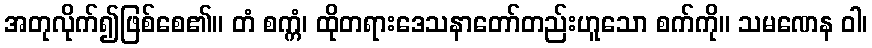
အတုလိုက်၍ဖြစ်စေ၏။ တံ စက္ကံ၊ ထိုတရားဒေသနာတော်တည်းဟူသော စက်ကို။ သမဏေန ဝါ၊